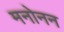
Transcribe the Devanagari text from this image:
मनोनन